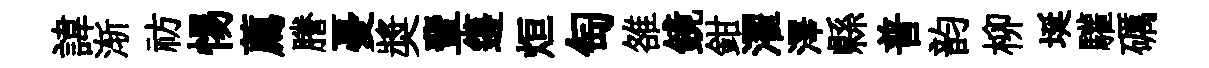
諱渐祊惕薦謄憂奬輩籩烜匋雒鏡鉗濯澤縣普韵柳埏驩礪